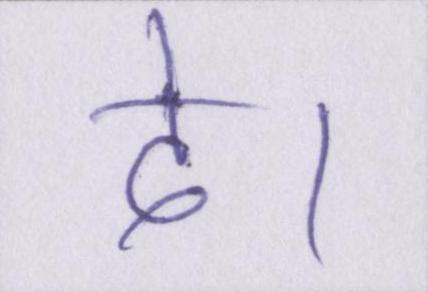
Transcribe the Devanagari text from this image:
दे।